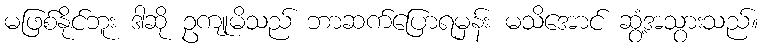
မဖြစ်နိုင်ဘူး ဒါဆို ဥကျုမိသည် ဘာဆက်ပြောရမှန်း မသိအောင် ဆွံ့အသွားသည်။